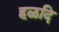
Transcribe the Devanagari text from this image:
हळदि